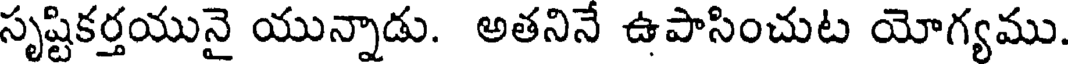
సృష్టికర్తయునై యున్నాడు. అతనినే ఉపాసించుట యోగ్యము.